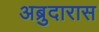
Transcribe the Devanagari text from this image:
अब्रुदारास